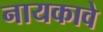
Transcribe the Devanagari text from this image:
नायकावे